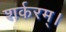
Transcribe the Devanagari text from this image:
शर्करम्।